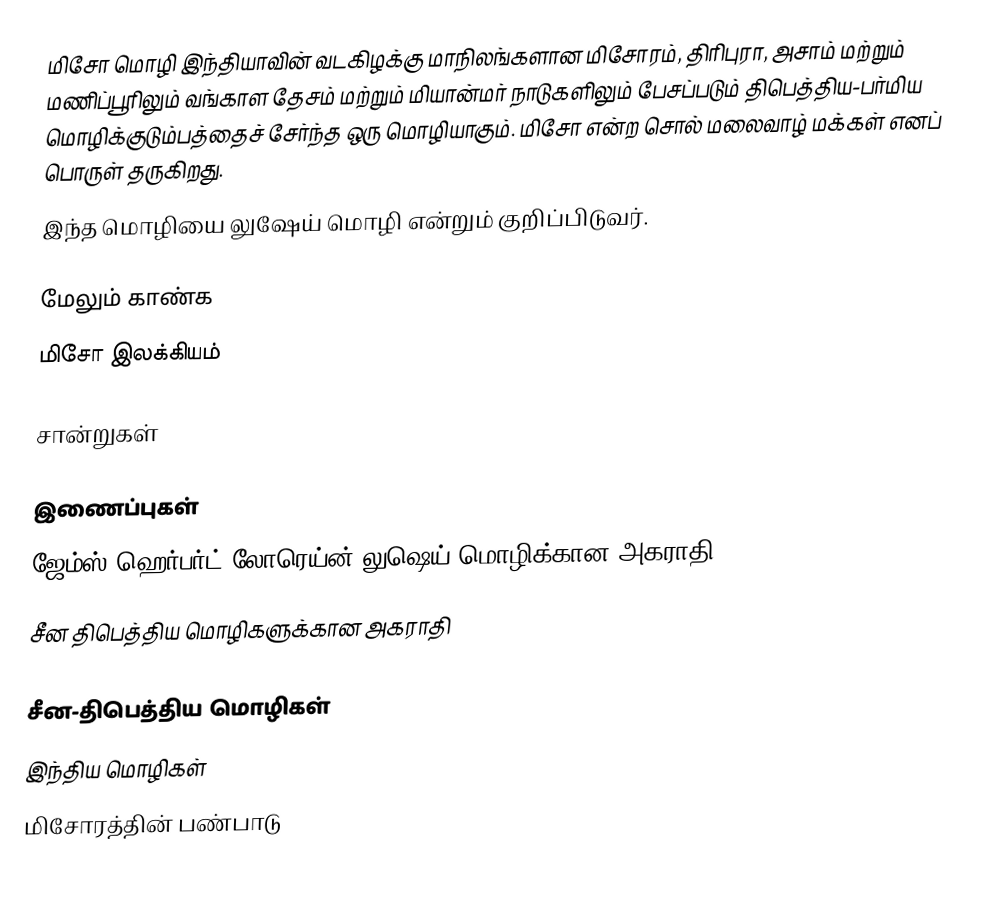
மிசோ மொழி இந்தியாவின் வடகிழக்கு மாநிலங்களான மிசோரம், திரிபுரா, அசாம் மற்றும் மணிப்பூரிலும் வங்காள தேசம் மற்றும் மியான்மர் நாடுகளிலும் பேசப்படும் திபெத்திய-பர்மிய மொழிக்குடும்பத்தைச் சேர்ந்த ஒரு மொழியாகும். மிசோ என்ற சொல் மலைவாழ் மக்கள் எனப் பொருள் தருகிறது.
இந்த மொழியை லுஷேய் மொழி என்றும் குறிப்பிடுவர்.

மேலும் காண்க
மிசோ இலக்கியம்

சான்றுகள்

இணைப்புகள்
ஜேம்ஸ் ஹெர்பர்ட் லோரெய்ன் லுஷெய் மொழிக்கான அகராதி. Calcutta : Asiatic Society, 1940. (Bibliotheca Indica, 261)
 சீன திபெத்திய மொழிகளுக்கான அகராதி

சீன-திபெத்திய மொழிகள்
இந்திய மொழிகள்
மிசோரத்தின் பண்பாடு